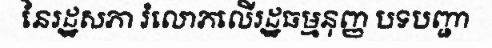
នៃរដ្ឋសភា រំលោភលើរដ្ឋធម្មនុញ្ញ បទបញ្ជា